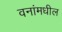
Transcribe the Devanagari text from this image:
वनांमधील